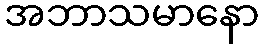
အဘာသမာနော